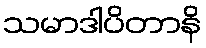
သမာဒါပိတာနိ